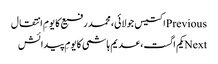
Previousاکتیس جولائی، محمد رفیع کا یومِ انتقال
Nextیکم اگست، عدیم ہاشمی کا یومِ پیدائش